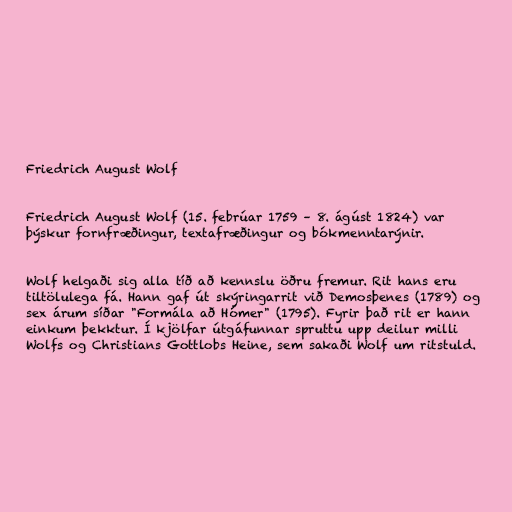
Friedrich August Wolf

Friedrich August Wolf (15. febrúar 1759 – 8. ágúst 1824) var
þýskur fornfræðingur, textafræðingur og bókmenntarýnir.

Wolf helgaði sig alla tíð að kennslu öðru fremur. Rit hans eru
tiltölulega fá. Hann gaf út skýringarrit við Demosþenes (1789) og
sex árum síðar "Formála að Hómer" (1795). Fyrir það rit er hann
einkum þekktur. Í kjölfar útgáfunnar spruttu upp deilur milli
Wolfs og Christians Gottlobs Heine, sem sakaði Wolf um ritstuld.